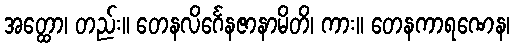
အတ္ထော၊ တည်း။ တေနလိင်္ဂေနဇာနာမိတိ၊ ကား။ တေနကာရဏေန၊